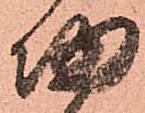
帰